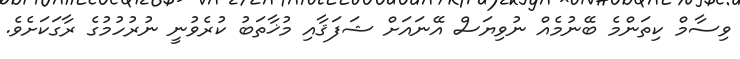
ވިސާމް ކިތަންމެ ބޭނުމެއް ނުވިޔަސް އޭނައަށް ޝަފަޤާއި މުޚާތަބު ކުރެވުނީ ނުރުހުމުގެ ރާގަކަށެވެ.